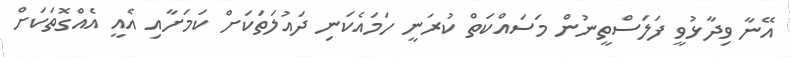
އޭނާ ވިދާޅުވީ ފަލަސްތީނުން މަސައްކަތް ކުރަނީ ހަމައެކަނި ދައުލަތަކަށް ކަމަށާއި އެއީ އެއްގޮތަކަށް